Report of the King Institute of Preventive Medicine, Guindy
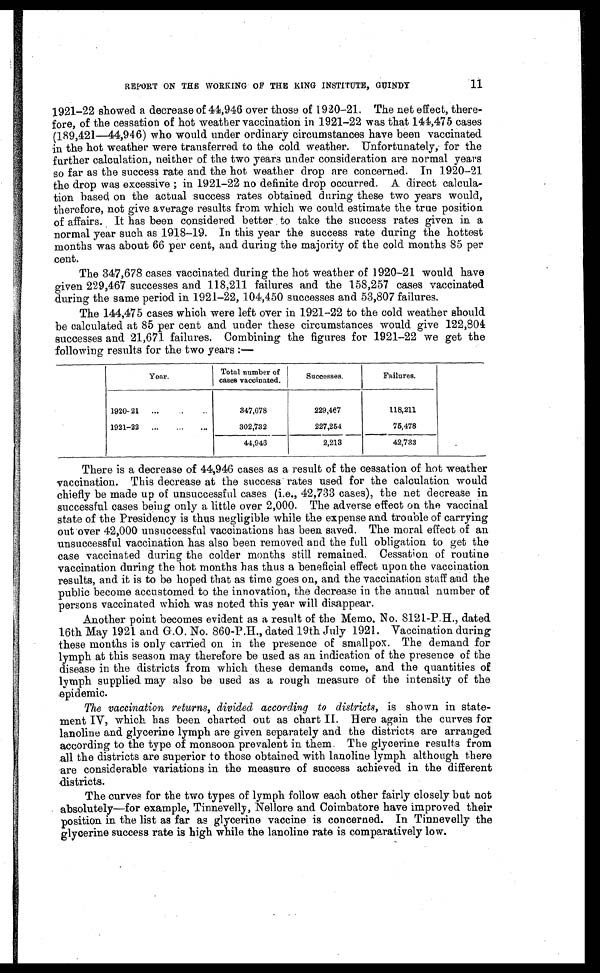
REPORT ON THE WORKING OF THE KING INSTITUTE, GUINDY
1921-22 showed a decrease of 44,946 over those of 1920-21. The net effect, there-
fore, of the cessation of hot weather vaccination in 1921-22 was that 144,475 cases
(189,421—44,946) who would under ordinary circumstances have been vaccinated
in the hot weather were transferred to the cold weather. Unfortunately, for the
further calculation, neither of the two years under consideration are normal years
so far as the success rate and the hot weather drop are concerned. In 1920-21
the drop was excessive ; in 1921-22 no definite drop occurred. A direct calcula-
tion based, on the actual success rates obtained during these two years would,
therefore, not give average results from which we could estimate the true position
of affairs. It has been considered better to take the success rates given in a
normal year such as 1918-19. In this year the success rate during the hottest
months was about 66 per cent, and during the majority of the cold months 85 per
cent.
The 347,678 cases vaccinated during the hot weather of 1920-21 would have
given 229,467 successes and 118,211 failures and the 158,257 cases vaccinated
during the same period in 1921-22, 104,450 successes and 53,807 failures.
The 144,475 cases which were left over in 1921-22 to the cold weather should
be calculated at 85 per cent and under these circumstances would give 122,804
successes and 21,671 failures. Combining the figures for 1921-22 we get the
following results for the two years :—
Year.
Total number of
cases vaccinated.
Successes.
Failures.
1920- 21
...
..
347,678
229,487
118,211
1921-22
...
...
...
302,732
227,254
75,478
44,946
2,213
42,733
There is a decrease of 44,946 cases as a result of the cessation of hot weather
vaccination. This decrease at the success rates used for the calculation would
chiefly be made up of unsuccessful cases (i.e., 42,733 cases), the net decrease in
successful cases being only a little over 2,000. The adverse effect on the vaccinal
state of the Presidency is thus negligible while the expense and trouble of carrying
out over 42,000 unsuccessful vaccinations has been saved. The moral effect of an
unsuccessful vaccination has also been removed and the full obligation to get the
case vaccinated during the colder months still remained. Cessation of routine
vaccination during the hot months has thus a beneficial effect upon the vaccination
results, and it is to be hoped that as time goes on, and the vaccination staff and the
public become accustomed to the innovation, the decrease in the annual number of
persons vaccinated which was noted this year will disappear.
Another point becomes evident as a result of the Memo. No. 8121-P.H., dated
16th May 1921 and G.O. No. 860-P.H., dated 19th July 1921. Vaccination during
these months is only carried on in the presence of smallpox. The demand for
lymph at this season may therefore be used as an indication of the presence of the
disease in the districts from which these demands come, and the quantities of
lymph supplied may also be used as a rough measure of the intensity of the
epidemic.
The vaccination returns, divided according to districts, is shown in state-
ment IV, which has been charted out as chart II. Here again the curves for
lanoline and glycerine lymph are given separately and the districts are arranged
according to the type of monsoon prevalent in them. The glycerine results from
all the districts are superior to those obtained with lanoline lymph although there
are considerable variations in the measure of success achieved in the different
districts.
The curves for the two types of lymph follow each other fairly closely but not
absolutely—for example, Tinnevelly, Nellore and Coimbatore have improved their
position in the list as far as glycerine vaccine is concerned. In Tinnevelly the
glycerine success rate is high while the lanoline rate is comparatively low.